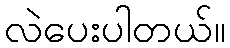
လဲပေးပါတယ်။